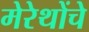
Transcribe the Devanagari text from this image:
मेरेथोंचे